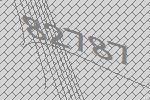
82787